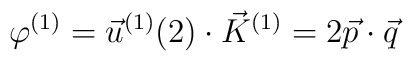
\varphi^{(1)} = \vec u^{(1)}(2)\cdot \vec K^{(1)} = 2\vec p\cdot \vec q